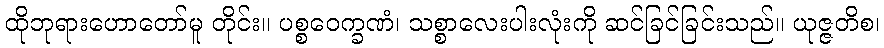
ထိုဘုရားဟောတော်မူ တိုင်း။ ပစ္စဝေက္ခဏံ၊ သစ္စာလေးပါးလုံးကို ဆင်ခြင်ခြင်းသည်။ ယုဇ္ဇတိစ၊